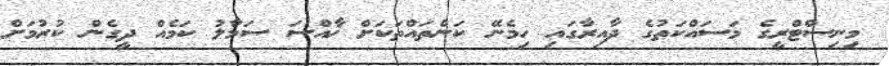
މިނިސްޓްރީގެ މަސައްކަތުގެ ދާއިރާގައި ހިމެނޭ ކަންތައްތަކަށް ޚާއްސަ ސަމާލު ކަމެއް ދީގެން ކުރުމަށް